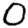
Digit: 0